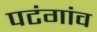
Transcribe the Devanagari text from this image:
पटंगांव